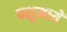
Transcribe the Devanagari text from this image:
पशूमध्यें